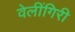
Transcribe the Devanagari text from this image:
वेलींगिरी